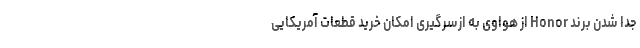
جدا شدن برند Honor از هواوی به ازسرگیری امکان خرید قطعات آمریکایی